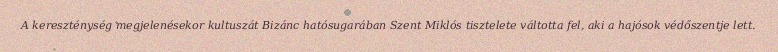
A kereszténység megjelenésekor kultuszát Bizánc hatósugarában Szent Miklós tisztelete váltotta fel, aki a hajósok védőszentje lett.